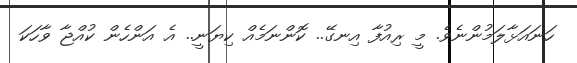
ހަނައަޅާލަމުންނެވެ. މީ ރިއުފާ އިނގޭ.. ކޮންނަމެއް ކިޔަނީ.. އެ އަންހެން ކުއްޖާ ވާހަކަ